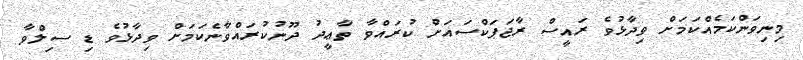
މިނިވަންކަމެއްކަމަށް ވިދާޅުވެ ރައީސް ރާޖަޕަކްސައަށް ކުރައްވާ ތާޢީދު ދޫނުކުރައްވާނެކަމަށް ވިދާޅުވެ ޑި ސިލްވާ